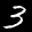
Label: 3